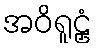
အဝိရူဠှံ